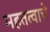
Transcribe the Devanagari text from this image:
महतत्वाचे